Scientific memoirs by medical officers of the Army of India - Part IV,
Year: 1889
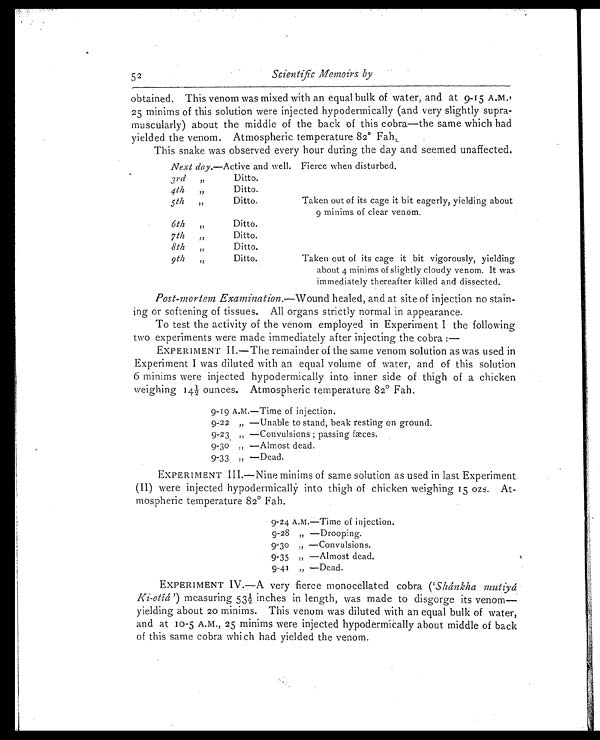
52
Scientific Memoirs by
obtained. This venom was mixed with an equal bulk of water, and at 9-15 A.M.'
25 minims of this solution were injected hypodermically (and very slightly supra-
muscularly) about the middle of the back of this cobra—the same which had
yielded the venom. Atmospheric temperature 82° Fah.
This snake was observed every hour during the day and seemed unaffected.
Next day.—Active and well. Fierce when disturbed.
3rd „
Ditto.
4th „
Ditto.
5th „
Ditto.
Taken out of its cage it bit eagerly, yielding about
9 minims of clear venom.
6t h „ Di t t o.
7th „
Ditto.
8th „
Ditto.
9th „ Ditto.
Taken out of its cage it bit vigorously, yielding
about 4 minims of slightly cloudy venom. It was
immediately thereafter killed and dissected.
Post-mortem Examination. —Wound healed, and at site of injection no stain
-ing or softening of tissues. All organs strictly normal in appearance.
To test the activity of the venom employed in Experiment I the following
two experiments were made immediately after injecting the cobra:
—
EXPERIMENT II.—The remainder of the same venom solution as was used in
Experiment I was diluted with an equal volume of water, and of this solution
6 minims were injected hypodermically into inner side of thigh of a chicken
wei ghi ng 14½ ounces . At mos pher i c t emper at ur e 82° Fah.
9 - 1 9 A . M . — T i m e o f i n j e c t i o n .
9-22 „ —Unable to stand, beak resting on ground.
9-23 „ —Convulsions; passing fæces.
9-30 „ —Almost dead.
9-33 „ —Dead.
EXPERIMENT III.—Nine minims of same solution as used in last Experiment
(II) were injected hypodermically into thigh of chicken weighing 15 ozs. At
- m o s p h e r i c t e m p e r a t u r e 8 2° F a h .
9 - 2 4 A . M . — T i m e o f i n j e c t i o n .
9-28 „ —Drooping.
9-30 „ —Convulsions.
9-35 „ —Almost dead.
9-41 „ —Dead.
EXPERIMENT IV.—A very fierce monocellated cobra ('Shánkha mutiyá
Ki-otíá') measuring 53½ inches in length, was made to disgorge its venom—
yielding about 20 minims. This venom was diluted with an equal bulk of water,
and at 10-5 A.M., 25 minims were injected hypodermically about middle of back
of this same cobra which had yielded the venom.